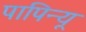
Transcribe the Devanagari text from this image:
पापिन्यू